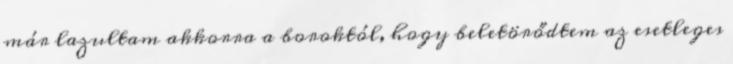
már lazultam akkorra a boroktól, hogy beletörődtem az esetleges